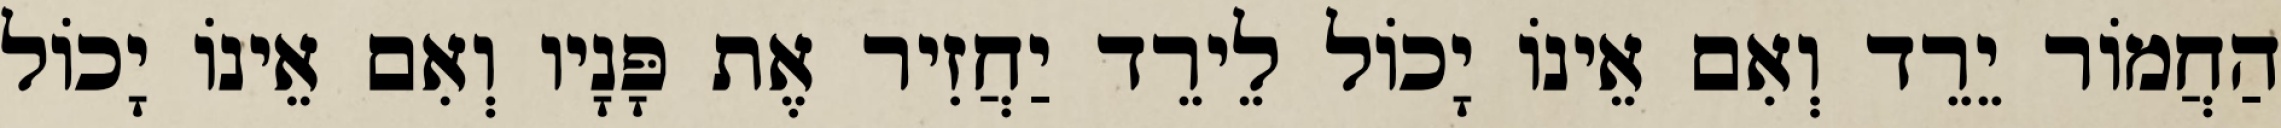
הַחֲמוֹר יֵרֵד וְאִם אֵינוֹ יָכוֹל לֵירֵד יַחֲזִיר אֶת פָּנָיו וְאִם אֵינוֹ יָכוֹל